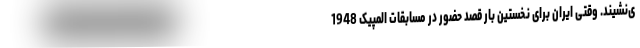
ی‌نشیند. وقتی ایران برای نخستین بار قصد حضور در مسابقات المپیک 1948